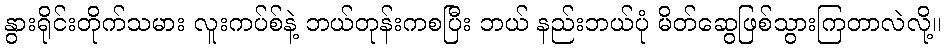
နွားရိုင်းတိုက်သမား လူးကပ်စ်နဲ့ ဘယ်တုန်းကစပြီး ဘယ် နည်းဘယ်ပုံ မိတ်ဆွေဖြစ်သွားကြတာလဲလို့။